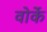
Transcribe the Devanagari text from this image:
वोर्के